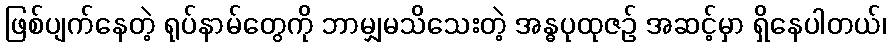
ဖြစ်ပျက်နေတဲ့ ရုပ်နာမ်တွေကို ဘာမျှမသိသေးတဲ့ အန္ဓပုထုဇဉ် အဆင့်မှာ ရှိနေပါတယ်၊